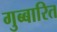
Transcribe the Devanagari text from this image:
गुब्बारित